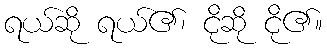
ရယ်ဆို ရယ်၏၊ ငိုဆို ငို၏။